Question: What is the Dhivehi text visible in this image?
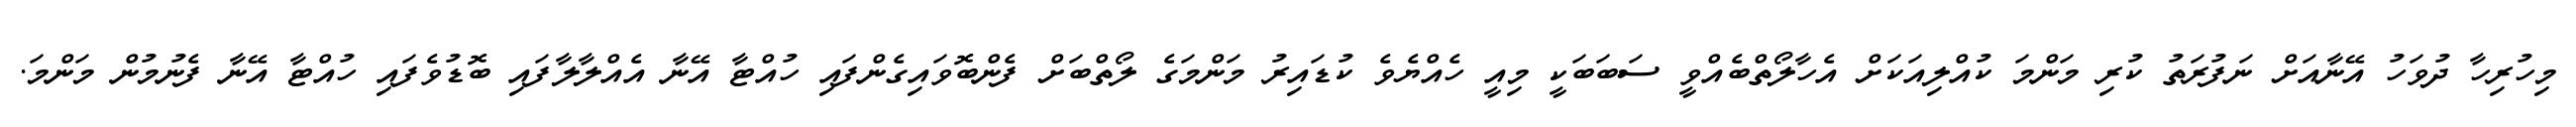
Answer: މިހުރިހާ ދުވަހު އޭނާއަށް ނަފުރަތު ކުރި މަންމަ ކުއްލިއަކަށް އެހާލޯތްބެއްވީ ސަބަބަކީ މިއީ ހެއްޔެވެ ކުޑައިރު މަންމަގެ ލޯތްބަށް ފެންބޮވައިގެންފައި ހުއްޓާ އޭނާ އެއްލާލާފައި ބޮޑުވެފައި ހުއްޓާ އޭނާ ފެނުމުން މަންމަ.